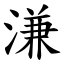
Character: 溓